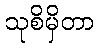
သုစိမှိတာ